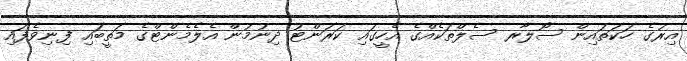
އިރުގެ ހަކަތައިން ސޯލާރ ސެލްތަކެއްގެ އެހީގައި ކަރަންޓު ދިނުމުން އެލެމެންޓްގެ މަތީބައި ފިނިވެފައި